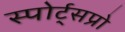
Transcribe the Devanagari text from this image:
स्पोर्ट्‌सप्रो